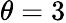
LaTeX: \theta=3